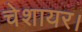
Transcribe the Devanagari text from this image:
चेशायर।